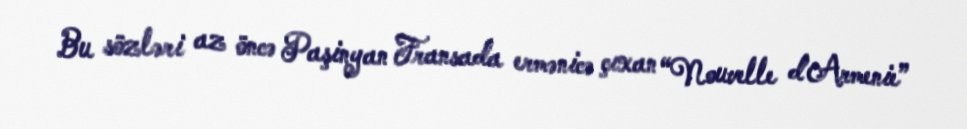
Bu sözləri az öncə Paşinyan Fransada ermənicə çıxan “Nouvelle d’Armenie”